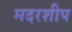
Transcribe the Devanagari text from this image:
मदरशीप